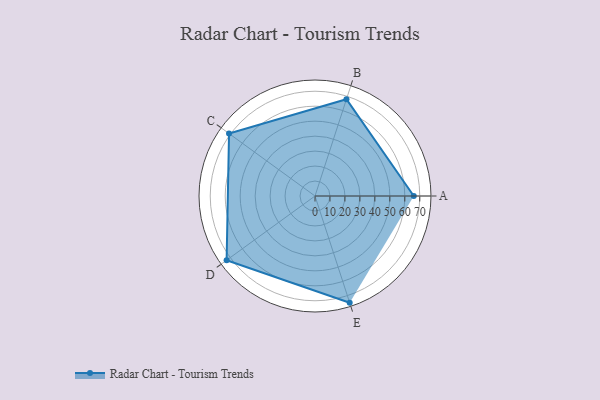
{"axis": {"x": "Skill", "y": "Score"}, "legend": ["Profile"], "data": [{"x": "A", "y": 66.0, "type": "Profile"}, {"x": "B", "y": 68.0, "type": "Profile"}, {"x": "C", "y": 71.0, "type": "Profile"}, {"x": "D", "y": 73.0, "type": "Profile"}, {"x": "E", "y": 75.0, "type": "Profile"}]}